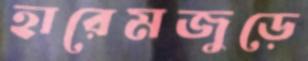
হারেমজুড়ে